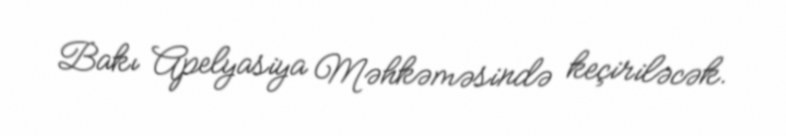
Bakı Apelyasiya Məhkəməsində keçiriləcək.